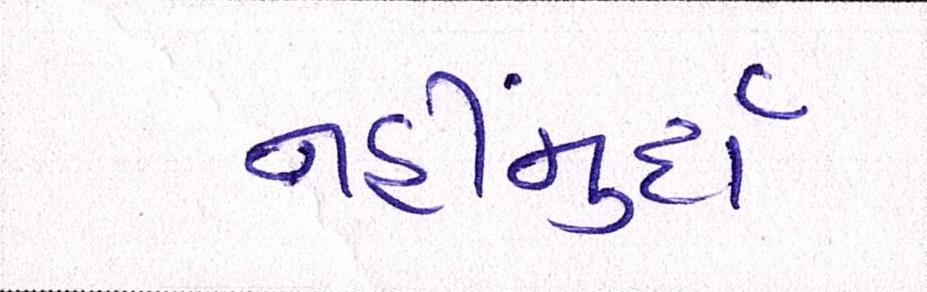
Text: નહીંમુર્દા